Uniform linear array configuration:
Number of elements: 64
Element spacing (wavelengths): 0.25
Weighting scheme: cosine
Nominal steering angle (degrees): -45
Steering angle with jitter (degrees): -43.019
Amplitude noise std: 0.05
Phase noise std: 0.05

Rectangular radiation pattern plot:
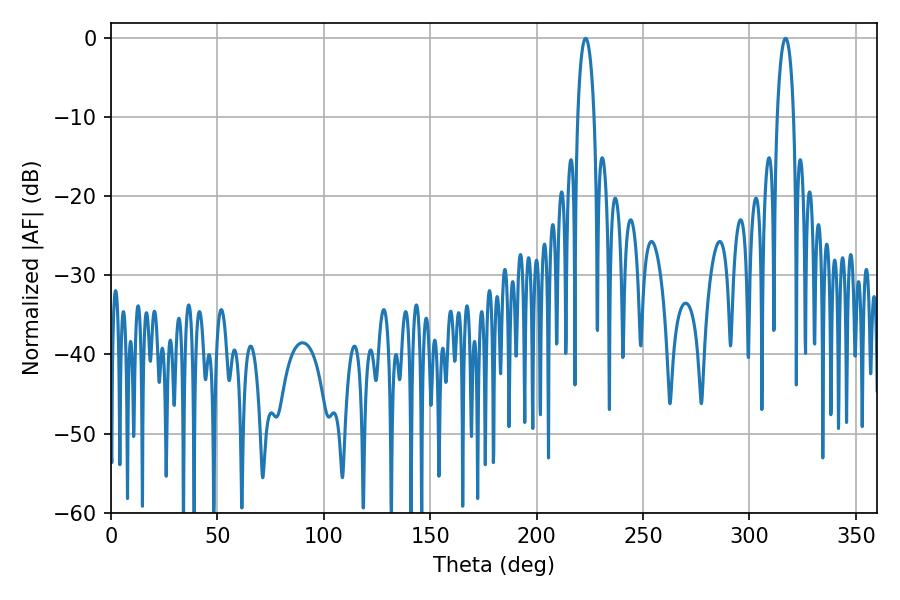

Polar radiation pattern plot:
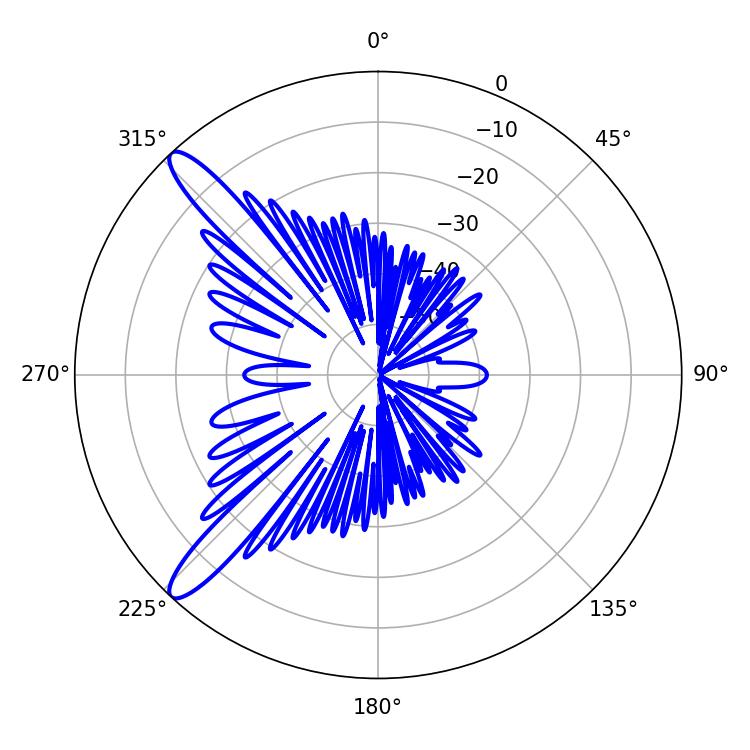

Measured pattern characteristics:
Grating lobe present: FALSE
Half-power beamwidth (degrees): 4.32
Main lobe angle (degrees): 223.02